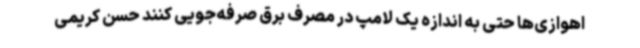
اهوازی‌ها حتی به اندازه یک لامپ در مصرف برق صرفه‌جویی کنند حسن کریمی